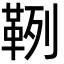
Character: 𩊡